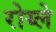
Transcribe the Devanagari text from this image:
रोय्ले